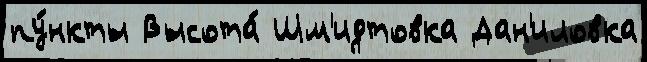
пу́нкты Высота́ Шм'идтовка Дан'иловка